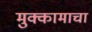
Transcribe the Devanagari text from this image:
मुक्कामाचा